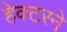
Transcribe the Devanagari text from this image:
हेक्टरने